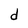
Character: d